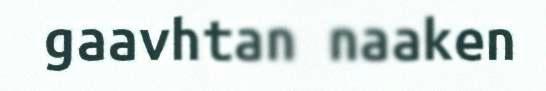
gaavhtan naaken